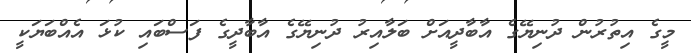
މީގެ އިތުރުން ދުނިޔޭގެ އާބާދީއަށް ބަލާއިރު ދުނިޔޭގެ އާބާދީގެ ފަސްބައި ކުޅަ އެއްބަޔަކީ